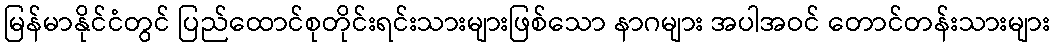
မြန်မာနိုင်ငံတွင် ပြည်ထောင်စုတိုင်းရင်းသားများဖြစ်သော နာဂများ အပါအဝင် တောင်တန်းသားများ